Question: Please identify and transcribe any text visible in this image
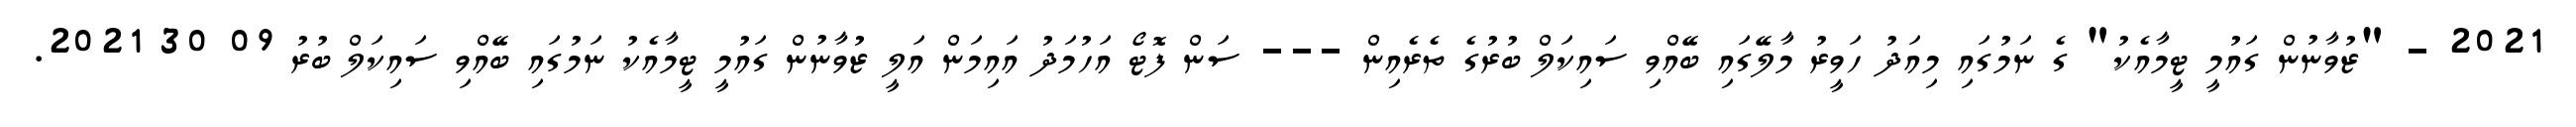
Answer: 2021 - "ޒުވާނުން ގައުމީ ޓީމާއެކު" ގެ ނަމުގައި މިއަދު ހަވީރު މާލޭގައި ބޭއްވި ސައިކަލް ބުރުގެ ތެރެއިން --- ސަން ފޮޓޯ އަހުމަދު އައިމަން އަލީ ޒުވާނުން ގައުމީ ޓީމާއެކު ނަމުގައި ބޭއްވި ސައިކަލް ބުރު 09 30 2021.